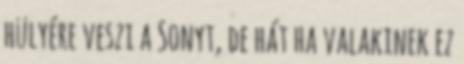
hülyére veszi a Sonyt, de hát ha valakinek ez